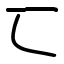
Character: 匸